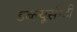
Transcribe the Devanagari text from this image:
डब्ल्यूसीटी